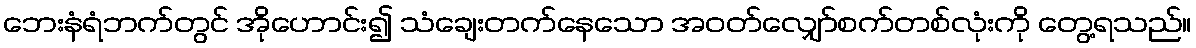
ဘေးနံရံဘက်တွင် အိုဟောင်း၍ သံချေးတက်နေသော အဝတ်လျှော်စက်တစ်လုံးကို တွေ့ရသည်။